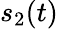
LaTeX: s_{2}(t)